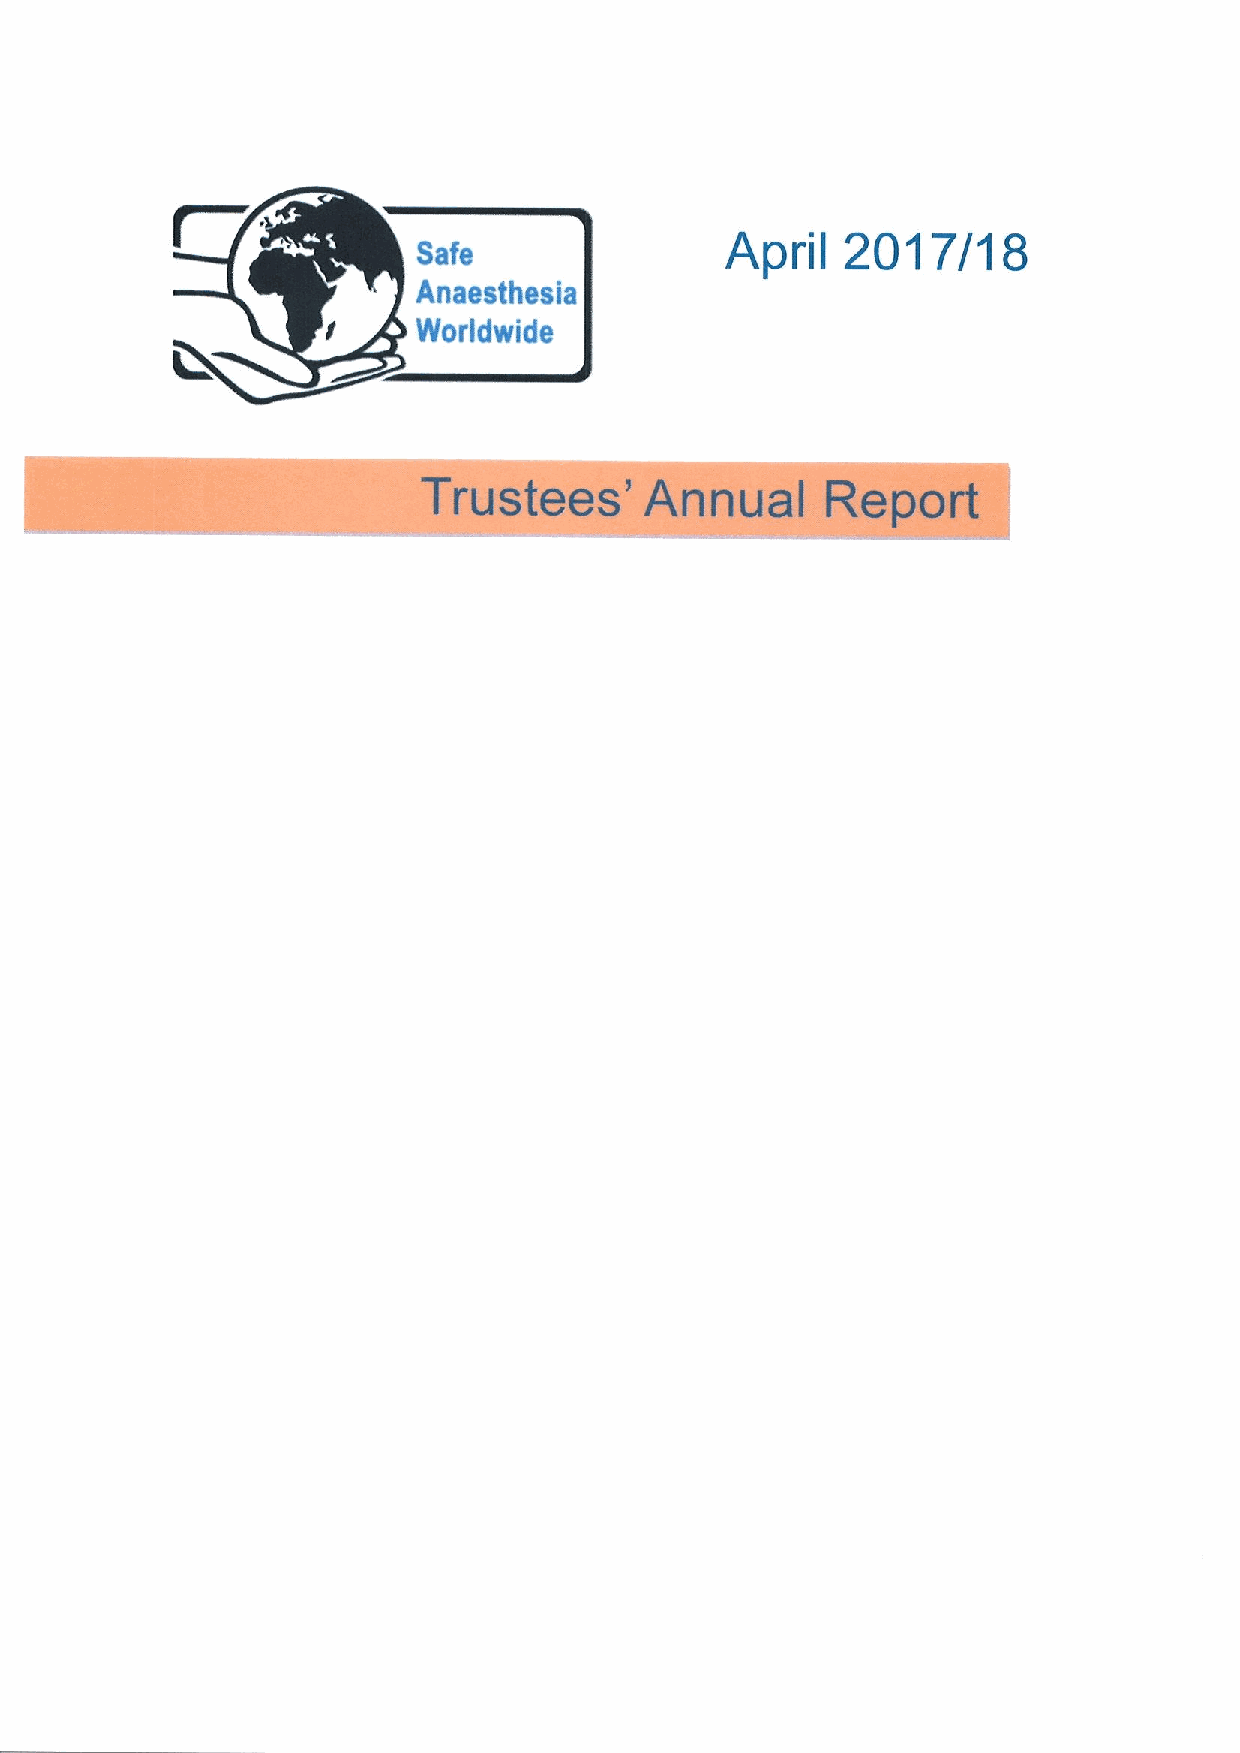
2017/18
 Safe                April
 Anaesthesia
 Worldwide